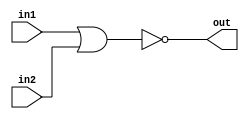
/*
Problem Statement: Implement the following circuit: NOR gate

Solution:
*/

module top_module (
    input in1,
    input in2,
    output out);
    
    assign out= ~( in1 | in2);

endmodule